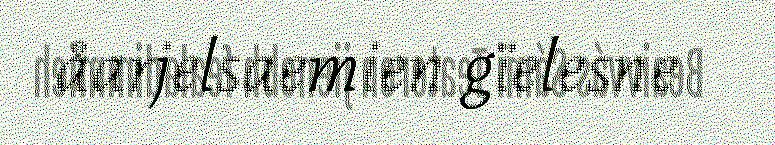
åarjelsaemien gïelesne